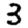
Digit: 3